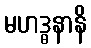
မဟဒ္ဓနာနိ